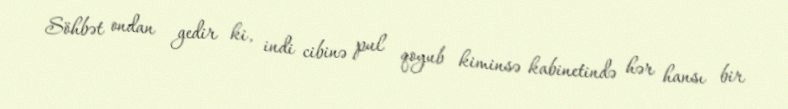
Söhbət ondan gedir ki, indi cibinə pul qoyub kiminsə kabinetində hər hansı bir